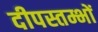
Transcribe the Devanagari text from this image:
दीपस्तम्भों